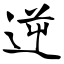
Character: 逆